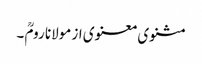
مثنوی معنوی از مولانا رومؒ ۔